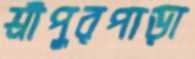
শ্রীপুরপাড়া